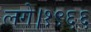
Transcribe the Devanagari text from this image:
लगे।१९६६